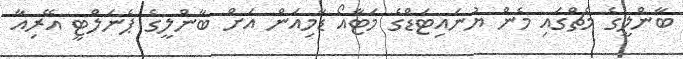
ބާންލީގެ މެޗްގައި މެން ޔުނައިޓަޑްގެ މަޓާއޯ ޑާމިއަން އަށް ބާންލީގެ ޕެނަލްޓީ އޭރިއާ